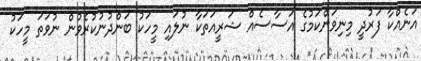
އަނެއްކާ ފަރުދީ މިނިވަންކަމުގެ އަސާސެއް ޝަރީއަތަކާ ނުލައި މީހަކު ބަންދުނުކުރެވުން ނުވަތަ މީހަކު